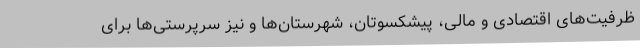
ظرفیت‌های اقتصادی و مالی، پیشکسوتان، شهرستان‌ها و نیز سرپرستی‌ها برای